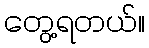
တွေ့ရတယ်။